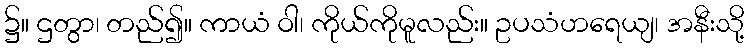
၌။ ဌတွာ၊ တည်၍။ ကာယံ ဝါ၊ ကိုယ်ကိုမူလည်း။ ဥပသံဟရေယျ၊ အနီးသို့